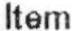
ITEM